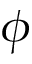
\phi